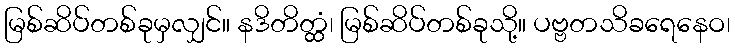
မြစ်ဆိပ်တစ်ခုမှလျှင်။ နဒိတိတ္ထံ၊ မြစ်ဆိပ်တစ်ခုသို့။ ပဗ္ဗတသိခရေနေဝ၊